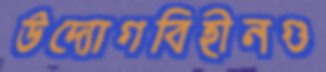
উদ্যোগবিহীনগু